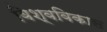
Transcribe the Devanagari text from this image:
विश्वविकास